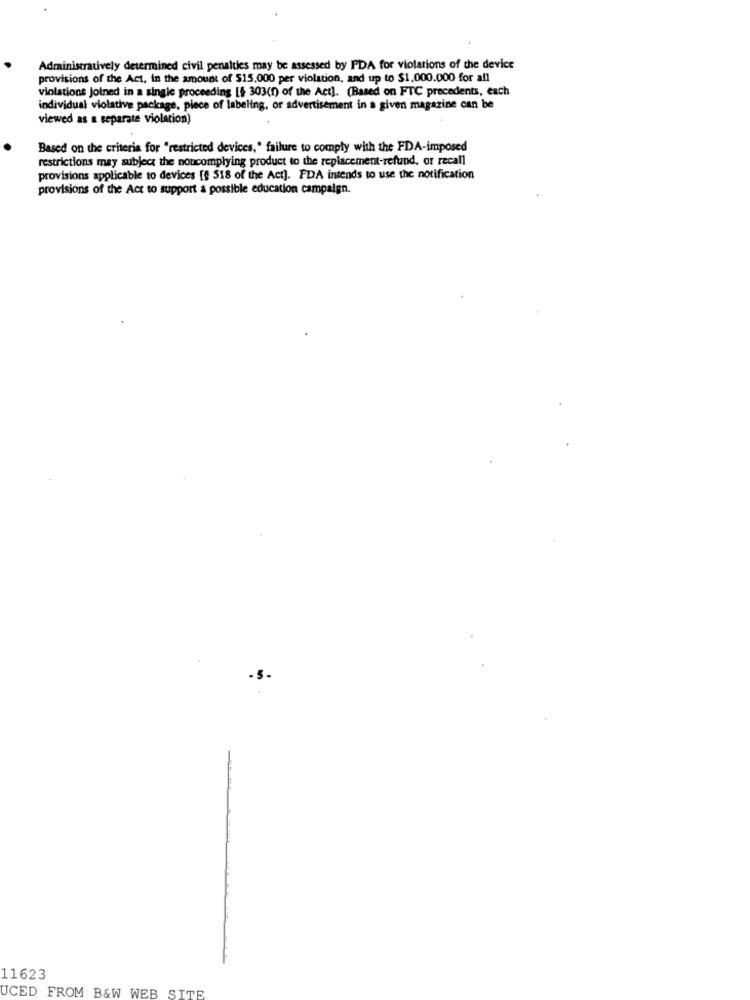
Administratively determined civil penalties may be assessed by PDA for violations of the device
provisions of the Act. in the amount of $15.000 per violation, and up to $1,000.000 for all
violations Joined in a single proceeding [$ 303(0) of the Act]. (Based on FTC precedents, each
individual violative package, piece of labeling, or advertisement in a given magazine can be
viewed as a separate violation)
Based on the criteria for "restricted devices," failure to comply with the FDA-imposed
restrictions may subject the noncomplying product to the replacement-refund, or recall
provisions applicable to devices [§ 518 of the Act]. FDA intends to use the notification
provisions of the Act to support a possible education campaign.
11623
UCED FROM B&W WEB SITE